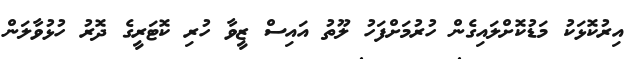
އިރުކޮޅަކު މަޑުކޮށްލައިގެން ހުރުމަށްފަހު ލޫތު އައިސް ޒީވާ ހުރި ކޮޓަރީގެ ދޮރު ހުޅުވާލަން